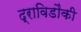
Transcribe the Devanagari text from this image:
द्राविडौंकी